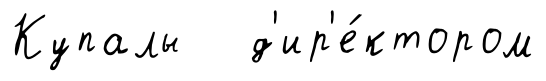
Купалы д'ир'е́ктором